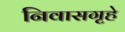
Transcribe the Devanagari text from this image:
निवासगृहे